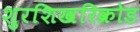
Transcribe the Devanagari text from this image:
शुरशिखरिक्रोड